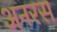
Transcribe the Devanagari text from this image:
अनरस